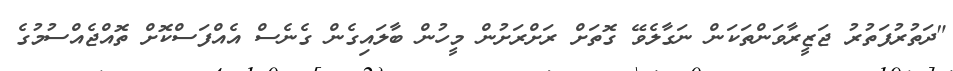
"ދަތުރުފަތުރު ޖަޒީރާވަންތަކަން ނަގާލެވޭ ގޮތަށް ރަށްރަށުން މީހުން ބާލައިގެން ގެނެސް އެއްފަސްކޮށް ތޮއްޖެއްސުމުގެ